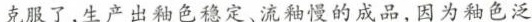
克服了.生产出釉色稳定、流釉慢的成品，因为釉色泛